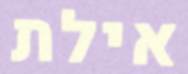
אילת